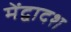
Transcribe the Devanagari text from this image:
मेंद्वादश